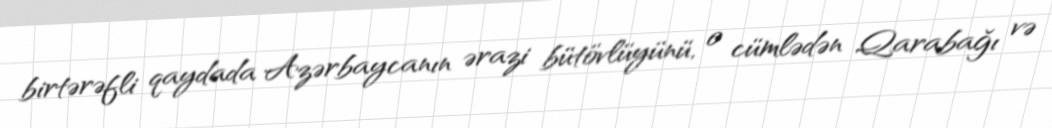
birtərəfli qaydada Azərbaycanın ərazi bütövlüyünü, o cümlədən Qarabağı və